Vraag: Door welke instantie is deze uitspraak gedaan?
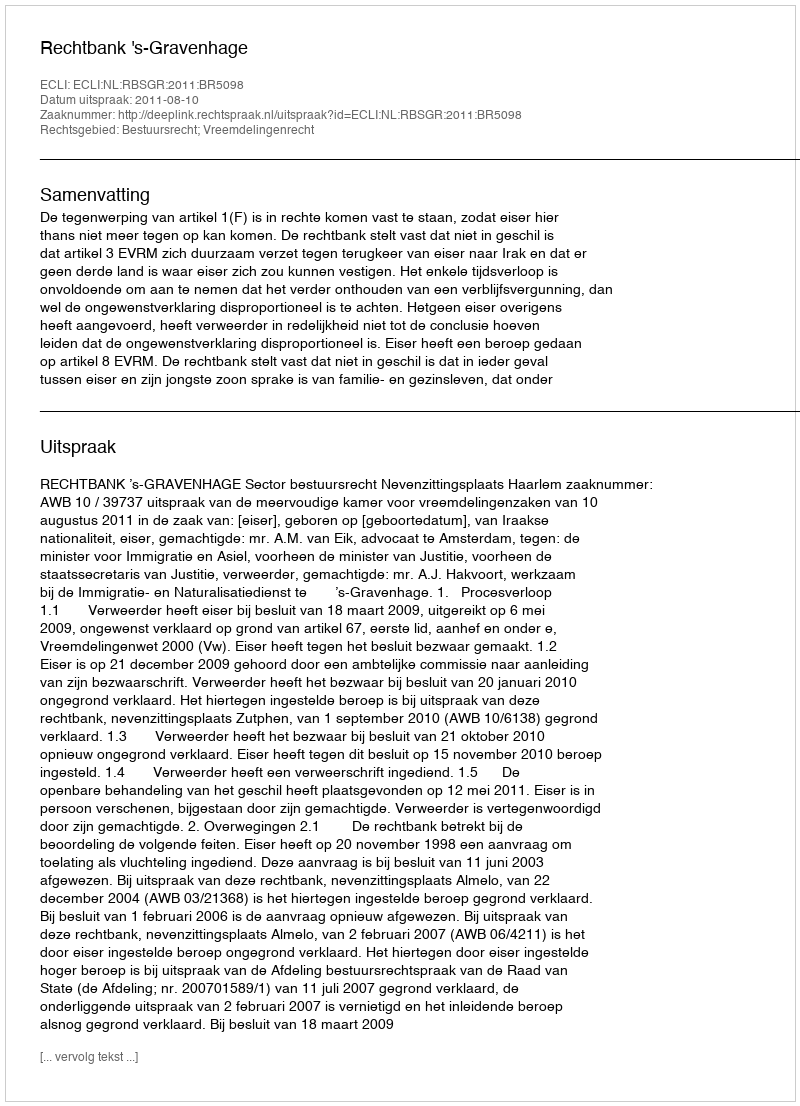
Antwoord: Rechtbank 's-Gravenhage